Annual report of the Bengal Veterinary College and of the Civil Veterinary Department, Bengal, for the year 1908-1909 - 1908-1909
Year: 1908
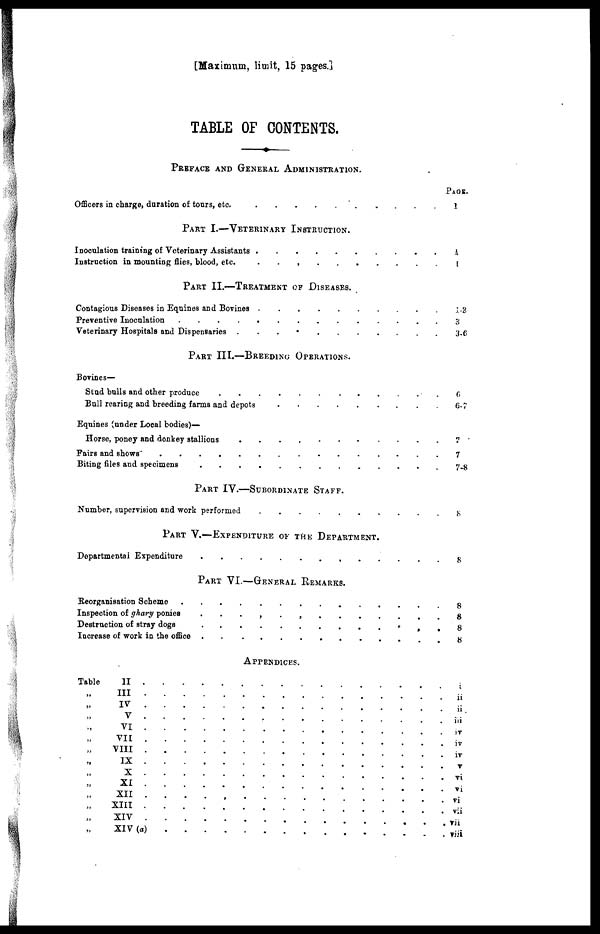
[Maximum, limit, 15 pages.]
TABLE OF CONTENTS.
PREFACE AND GENERAL ADMINISTRATION.
Officers in charge, duration of tours, etc. . . . . . . . . .
PART I.—VETERINARY INSTRUCTION.
Inoculation training of Veterinary Assistants . . . . . . . . . .
Instruction in mounting flies, blood, etc. . . , . . . . . . .
PART II.—TREATMENT OF DISEASES.
Contagious Diseases in Equines and Bovines . . . . . . . . . .
Preventive Inoculation . . . . . . . . . . . . . .
Veterinary Hospitals and Dispensaries . . . . . . . . . . .
PART III.—BREEDING OPERATIONS.
Bovines—
Stud bulls and other produce . . . . . . . . . .
Bull rearing and breeding farms and depots . . . . . . . . . .
Equines (under Local bodies)—
Horse, poney and donkey stallions . . . . . . . . . .
Fairs and shows . . . . . . . . . .
Biting files and specimens . . . . . . . . . .
PART IV.—SUBORDINATE STAFF.
Number, supervision and work performed
.
.
.
. . . .
PART V.—EXPENDITURE OF THE DEPARTMENT.
Departmental Expenditure . . . . . . . . . .
PART VI.—GENERAL REMARKS.
Reorganisation Scheme . . . . . . . . . .
Inspection of ghary ponies
.
.
.
.
.
.
.
.
.
.
Destruction of stray dogs . . . . . . . . . .
Increase of work in the office . . . . . . . . . .
APPENDICES.
Table
II
.
.
.
.
.
.
.
.
.
.
„
III
.
.
.
.
.
.
.
.
.
.
„ IV
.
.
.
.
.
.
.
.
.
.
„ V
.
.
.
.
.
.
.
.
.
.
„ VI . . . . . . . . . .
„ VII . . . . . . . . . .
„ VIII . . . . . . . . . .
„ IX
.
.
.
.
.
.
.
.
.
.
„ X
.
.
.
.
.
.
.
.
.
.
„ XI
.
.
.
.
.
.
.
.
.
.
„ XII
.
.
.
.
.
.
.
.
.
.
„ XIII . . . . . . . . . .
„ XIV . . . . . . . . . .
„ XIV (a)
.
.
.
.
.
.
.
.
.
.
PAGE.
1
1
1
1-3
3
3-6
6
6-7
7
7
7-8
8
8
8
8
8
8
ii
ii
iii
iv
iv
iv
V
vi
vi
vi
vii
vii
viii